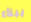
ببناء